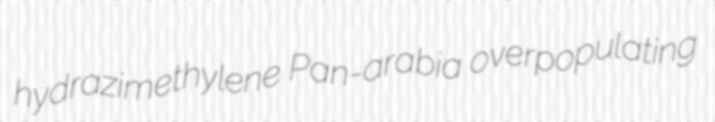
hydrazimethylene Pan-arabia overpopulating